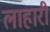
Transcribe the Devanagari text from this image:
लाहारी